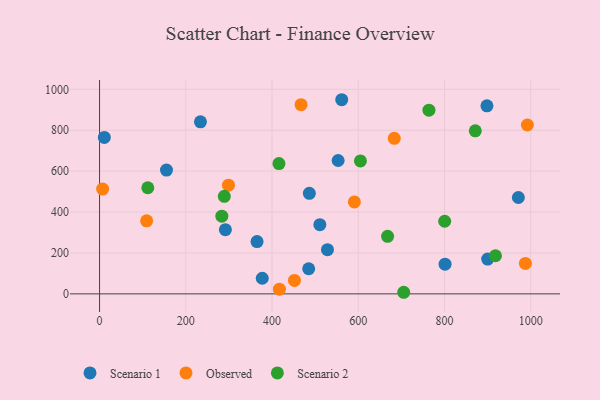
{"axis": {"x": "Distance", "y": "Rating"}, "legend": ["Observed", "Scenario 1", "Scenario 2"], "data": [{"x": "561.6", "y": 949.1, "type": "Scenario 1"}, {"x": "900.1", "y": 170.1, "type": "Scenario 1"}, {"x": "155.2", "y": 605.0, "type": "Scenario 1"}, {"x": "553.3", "y": 652.1, "type": "Scenario 1"}, {"x": "234.0", "y": 841.1, "type": "Scenario 1"}, {"x": "486.5", "y": 491.6, "type": "Scenario 1"}, {"x": "365.2", "y": 255.6, "type": "Scenario 1"}, {"x": "11.0", "y": 764.6, "type": "Scenario 1"}, {"x": "528.6", "y": 216.1, "type": "Scenario 1"}, {"x": "485.0", "y": 122.9, "type": "Scenario 1"}, {"x": "898.4", "y": 919.5, "type": "Scenario 1"}, {"x": "291.8", "y": 313.9, "type": "Scenario 1"}, {"x": "377.3", "y": 76.3, "type": "Scenario 1"}, {"x": "971.3", "y": 471.1, "type": "Scenario 1"}, {"x": "510.9", "y": 338.1, "type": "Scenario 1"}, {"x": "801.3", "y": 145.0, "type": "Scenario 1"}, {"x": "299.0", "y": 531.3, "type": "Observed"}, {"x": "987.6", "y": 148.7, "type": "Observed"}, {"x": "591.0", "y": 449.4, "type": "Observed"}, {"x": "683.5", "y": 760.3, "type": "Observed"}, {"x": "467.3", "y": 924.9, "type": "Observed"}, {"x": "7.1", "y": 512.2, "type": "Observed"}, {"x": "992.2", "y": 825.5, "type": "Observed"}, {"x": "109.2", "y": 357.1, "type": "Observed"}, {"x": "417.1", "y": 22.9, "type": "Observed"}, {"x": "452.0", "y": 65.8, "type": "Observed"}, {"x": "283.6", "y": 379.8, "type": "Scenario 2"}, {"x": "918.2", "y": 186.3, "type": "Scenario 2"}, {"x": "800.4", "y": 355.0, "type": "Scenario 2"}, {"x": "111.9", "y": 518.9, "type": "Scenario 2"}, {"x": "289.3", "y": 476.8, "type": "Scenario 2"}, {"x": "871.4", "y": 797.0, "type": "Scenario 2"}, {"x": "705.4", "y": 7.8, "type": "Scenario 2"}, {"x": "763.9", "y": 897.9, "type": "Scenario 2"}, {"x": "668.0", "y": 281.1, "type": "Scenario 2"}, {"x": "605.0", "y": 650.1, "type": "Scenario 2"}, {"x": "416.0", "y": 636.9, "type": "Scenario 2"}]}